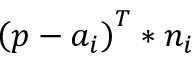
{ \left( p - a _ { i } \right) } ^ { T } * n _ { i }